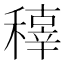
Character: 𥢍